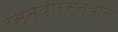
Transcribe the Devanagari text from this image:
रस्त्यारस्त्यात